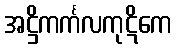
အဋ္ဌိကင်္ကလကုဋိကေ